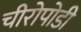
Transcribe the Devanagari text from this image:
चीरोपोडी